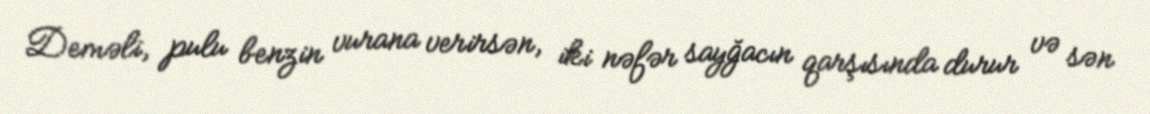
Deməli, pulu benzin vurana verirsən, iki nəfər sayğacın qarşısında durur və sən